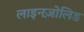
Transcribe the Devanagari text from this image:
लाइनज़ोलिड